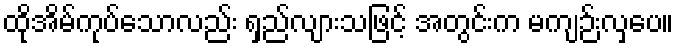
ထိုအိမ်ကုပ်သောလည်း ရှည်လျားသဖြင့် အတွင်းက မကျဉ်းလှပေ။